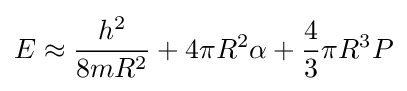
E\approx {\frac {h^{2}}{8mR^{2}}}+4\pi R^{2}\alpha +{\frac {4}{3}}\pi R^{3}P